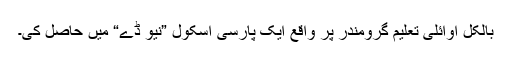
بالکل اوائلی تعلیم گرومندر پر واقع ایک پارسی اسکول ”نیو ڈے“ میں حاصل کی۔